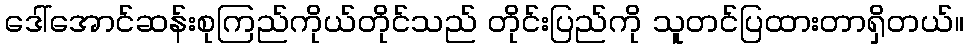
ဒေါ်အောင်ဆန်းစုကြည်ကိုယ်တိုင်သည် တိုင်းပြည်ကို သူတင်ပြထားတာရှိတယ်။